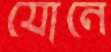
যোনে